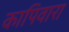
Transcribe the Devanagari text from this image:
कापिवारा